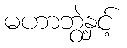
မဟာဘွဲ့နှင့်